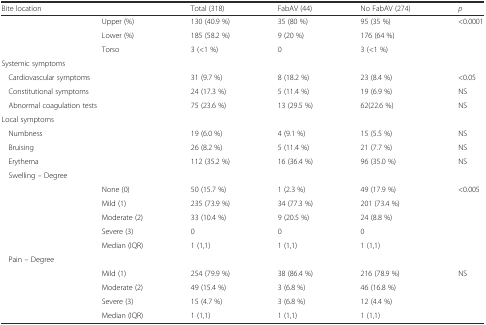
<table><thead><tr><td colspan="2"><b>Bite location</b></td><td><b>Total (318)</b></td><td><b>FabAV (44)</b></td><td><b>No FabAV (274)</b></td><td><b><i>p</i></b></td></tr></thead><tbody><tr><td></td><td>Upper (%)</td><td>130 (40.9 %)</td><td>35 (80 %)</td><td>95 (35 %)</td><td>&lt;0.0001</td></tr><tr><td></td><td>Lower (%)</td><td>185 (58.2 %)</td><td>9 (20 %)</td><td>176 (64 %)</td><td></td></tr><tr><td></td><td>Torso</td><td>3 (&lt;1 %)</td><td>0</td><td>3 (&lt;1 %)</td><td></td></tr><tr><td colspan="2">Systemic symptoms</td><td></td><td></td><td></td><td></td></tr><tr><td colspan="2">Cardiovascular symptoms</td><td>31 (9.7 %)</td><td>8 (18.2 %)</td><td>23 (8.4 %)</td><td>&lt;0.05</td></tr><tr><td colspan="2">Constitutional symptoms</td><td>24 (17.3 %)</td><td>5 (11.4 %)</td><td>19 (6.9 %)</td><td>NS</td></tr><tr><td colspan="2">Abnormal coagulation tests</td><td>75 (23.6 %)</td><td>13 (29.5 %)</td><td>62(22.6 %)</td><td>NS</td></tr><tr><td colspan="2">Local symptoms</td><td></td><td></td><td></td><td></td></tr><tr><td colspan="2">Numbness</td><td>19 (6.0 %)</td><td>4 (9.1 %)</td><td>15 (5.5 %)</td><td>NS</td></tr><tr><td colspan="2">Bruising</td><td>26 (8.2 %)</td><td>5 (11.4 %)</td><td>21 (7.7 %)</td><td>NS</td></tr><tr><td>Erythema</td><td></td><td>112 (35.2 %)</td><td>16 (36.4 %)</td><td>96 (35.0 %)</td><td>NS</td></tr><tr><td colspan="2">Swelling – Degree</td><td></td><td></td><td></td><td></td></tr><tr><td></td><td>None (0)</td><td>50 (15.7 %)</td><td>1 (2.3 %)</td><td>49 (17.9 %)</td><td>&lt;0.005</td></tr><tr><td></td><td>Mild (1)</td><td>235 (73.9 %)</td><td>34 (77.3 %)</td><td>201 (73.4 %)</td><td></td></tr><tr><td></td><td>Moderate (2)</td><td>33 (10.4 %)</td><td>9 (20.5 %)</td><td>24 (8.8 %)</td><td></td></tr><tr><td></td><td>Severe (3)</td><td>0</td><td>0</td><td>0</td><td></td></tr><tr><td></td><td>Median (IQR)</td><td>1 (1,1)</td><td>1 (1,1)</td><td>1 (1,1)</td><td></td></tr><tr><td>Pain – Degree</td><td></td><td></td><td></td><td></td><td></td></tr><tr><td></td><td>Mild (1)</td><td>254 (79.9 %)</td><td>38 (86.4 %)</td><td>216 (78.9 %)</td><td>NS</td></tr><tr><td></td><td>Moderate (2)</td><td>49 (15.4 %)</td><td>3 (6.8 %)</td><td>46 (16.8 %)</td><td></td></tr><tr><td></td><td>Severe (3)</td><td>15 (4.7 %)</td><td>3 (6.8 %)</td><td>12 (4.4 %)</td><td></td></tr><tr><td></td><td>Median (IQR)</td><td>1 (1,1)</td><td>1 (1,1)</td><td>1 (1,1)</td><td></td></tr></tbody></table>